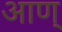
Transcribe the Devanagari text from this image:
आण्